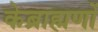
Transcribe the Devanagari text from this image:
केब्राह्मणों